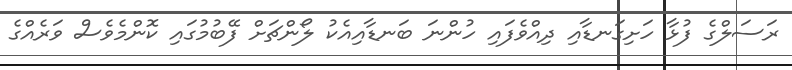
ރަސަލްގެ ފުޅާ ހަށިގަނޑާއި ދިއްވެފައި ހުންނަ ބަނޑާއިއެކު ލޯންޗަށް ފޭބުމުގައި ކޮންމެވެސް ވަރެއްގެ